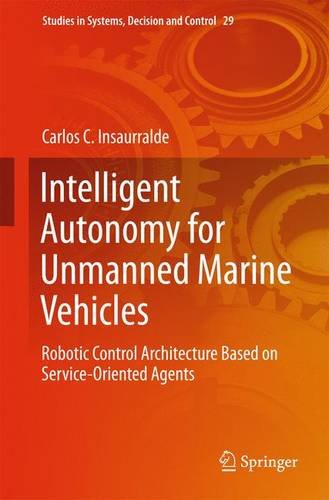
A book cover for Intelligent Autonomy for Unmanned Marine Vehicles: Robotic Control Architecture Based on Service-Oriented Agents (Studies in Systems, Decision and Control); Carlos C. Insaurralde; Computers & Technology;